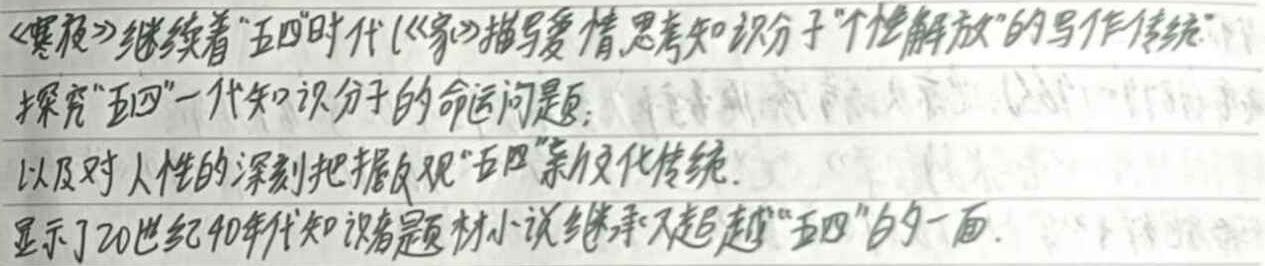
《寒夜》继续着“五四”时代（《家》）描写爱情、思考知识分子“个性解放”的写作传统，探究“五四”一代知识分子的命运问题，以及对人性的深刻把握，反观“五四”浪漫化传统，显示了20世纪40年代知识者题材小说继承又超越“五四”的一面。